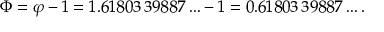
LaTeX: \Phi = \varphi - 1 = 1 . 6 1 8 0 3 \, 3 9 8 8 7 \ldots - 1 = 0 . 6 1 8 0 3 \, 3 9 8 8 7 \ldots .